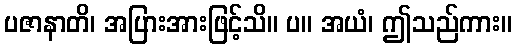
ပဇာနာတိ၊ အပြားအားဖြင့်သိ။ ပ။ အယံ၊ ဤသည်ကား။